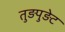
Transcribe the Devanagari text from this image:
तुड़पुड़ेट